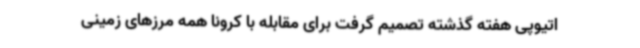
اتیوپی هفته گذشته تصمیم گرفت برای مقابله با کرونا همه مرزهای زمینی